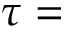
\tau =